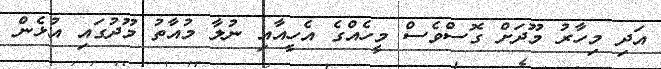
އަދި މިހާރު މޫދަށް ގޮސްވެސް މީހެއްގެ އެހީއާއި ނުލާ މުއާތު މޫދުގައި އުޅެން